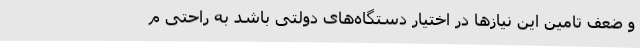
و ضعف تامین این نیازها در اختیار دستگاه‌های دولتی باشد به راحتی م